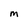
Character: M